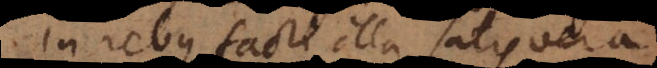
In rebus facti illa satis vera